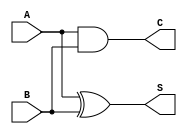
module CarryLookaheadHalfAdder (
    input wire A,     // 1-bit input A
    input wire B,     // 1-bit input B
    output wire S,    // 1-bit sum output
    output wire C     // 1-bit carry output
);

// Sum calculation using XOR
assign S = A ^ B;

// Carry calculation using AND
assign C = A & B;

endmodule